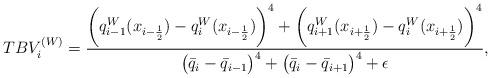
LaTeX: \begin{align*} TBV_{i}^{(W)}=\dfrac{\bigg(q^{W}_{i-1}(x_{i-\frac{1}{2}})-q^{W}_{i}(x_{i-\frac{1}{2}})\bigg)^4+\bigg(q^{W}_{i+1}(x_{i+\frac{1}{2}})-q^{W}_{i}(x_{i+\frac{1}{2}})\bigg)^4}{\big(\bar{q}_{i}-\bar{q}_{i-1}\big)^4+\big(\bar{q}_{i}-\bar{q}_{i+1}\big)^4+\epsilon}, \end{align*}